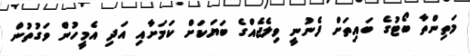
މަތިންތާ ބޯޓުގެ ބައިތަށް ފެނުނީ ވިލެޖެއްގެ ބަޔަކަށް ކަމަށާއި އަދި އެމީހުން ވަގުތުން